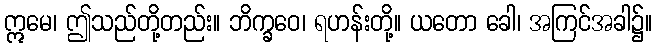
ဣမေ၊ ဤသည်တို့တည်း။ ဘိက္ခဝေ၊ ရဟန်းတို့။ ယတော ခေါ၊ အကြင်အခါ၌။